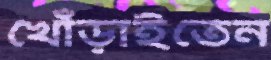
খোঁড়াইতেন